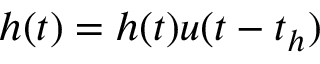
\begin{array} { r } { \begin{array} { r } { h ( t ) = h ( t ) u ( t - t _ { h } ) } \end{array} } \end{array}